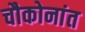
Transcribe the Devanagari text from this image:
चौकोनांत